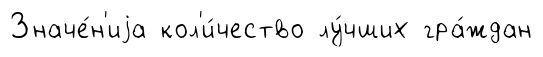
Значе́н'иjа кол'и́чество лу́чших гра́ждан